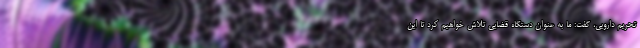
تحریم دارویی، گفت: ما به عنوان دستگاه قضایی تلاش خواهیم کرد تا این